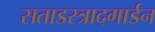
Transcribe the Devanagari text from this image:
सताडस्त्रादगार्डन